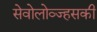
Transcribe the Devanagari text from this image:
सेवोलोव्ज्हसकी